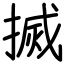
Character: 搣